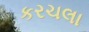
કરચલા